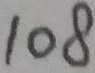
1 \times 1 0 8